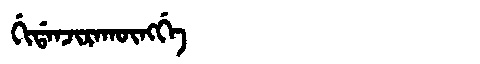
Manchu: ᡤᡳᡩᠠᠨᠵᡳᡵᠠᡴᡡᠩᡤᡝ
Romanization: GIDANJIRAKŪNGGE